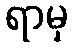
ရာမှ